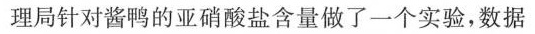
理局针对酱鸭的亚硝酸盐含量做了一个实验，数据